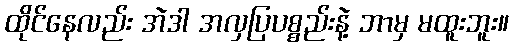
ထိုင်နေလည်း အဲဒါ အလှပြပစ္စည်းနဲ့ ဘာမှ မထူးဘူး။